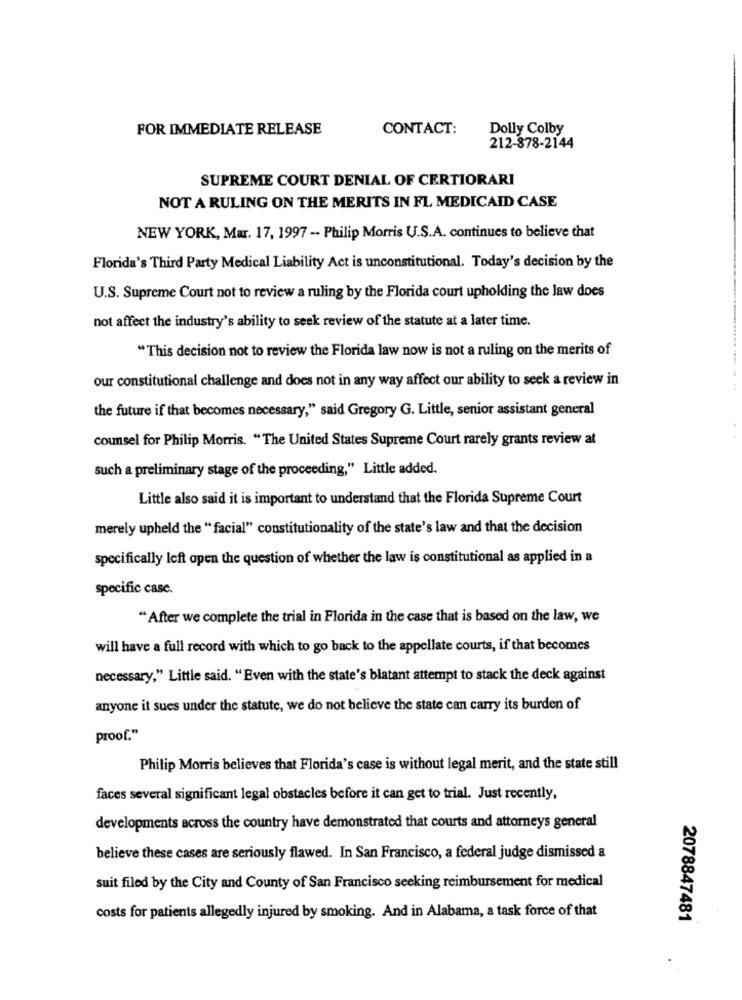
FOR IMMEDIATE RELEASE
CONTACT:
Dolly Colby
212-878-2144
SUPREME COURT DENIAL OF CERTIORARI
NOT A RULING ON THE MERITS IN FL MEDICAID CASE
NEW YORK, Mar. 17, 1997 -- Philip Morris U.S.A. continues to believe that
Florida's Third Party Medical Liability Act is unconstitutional. Today's decision by the
U.S. Supreme Court not to review a ruling by the Florida court upholding the law does
not affect the industry's ability to seek review of the statute at a later time.
"This decision not to review the Florida law now is not a ruling on the merits of
our constitutional challenge and does not in any way affect our ability to seek a review in
the future if that becomes necessary," said Gregory G. Little, senior assistant general
counsel for Philip Morris. "The United States Supreme Court rarely grants review at
such a preliminary stage of the proceeding," Little added.
Little also said it is important to understand that the Florida Supreme Court
merely upheld the " facial" constitutionality of the state's law and that the decision
specifically left open the question of whether the law is constitutional as applied in a
specific casc.
"After we complete the trial in Florida in the case that is based on the law, we
will have a full record with which to go back to the appellate courts, if that becomes
necessary," Little said. "Even with the state's blatant attempt to stack the deck against
anyone it sues under the statute, we do not believe the state can carry its burden of
proof."
Philip Morris believes that Florida's case is without legal merit, and the state still
faces several significant legal obstacles before it can get to trial. Just recently,
developments across the country have demonstrated that courts and attorneys general
believe these cases are seriously flawed. In San Francisco, a federal judge dismissed a
suit filed by the City and County of San Francisco seeking reimbursement for medical
costs for patients allegedly injured by smoking. And in Alabama, a task force of that
2078847481